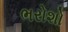
ભરોશો